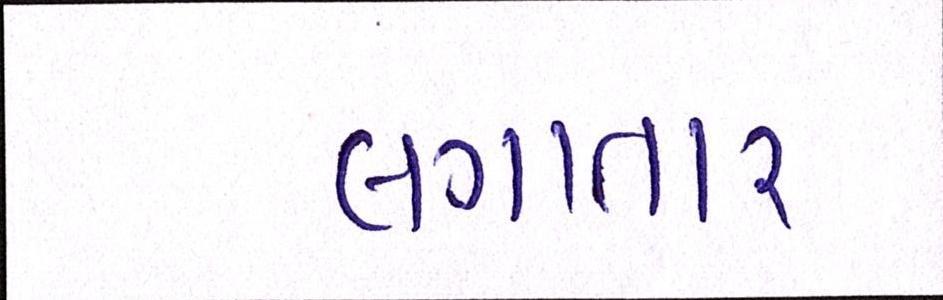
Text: લગાતાર